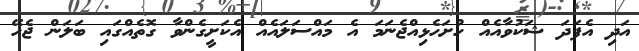
އަދި އެފަދަ ޝަކުވާއެއް ހުށަހެޅިއްޖެނަމަ އެ މައްސަލައެއް އެކަށީގެންވާ ގޮތެއްގައި ބަލަން ޖެހޭ